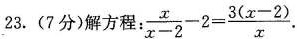
23.(7分)解方程： $$\frac{x}{x-2}-2= \frac{3(x-2)}{x}$$